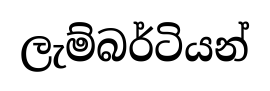
ලැම්බර්ටියන්